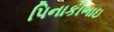
પિનાકીભાઇ